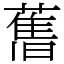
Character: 𦾔